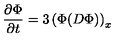
{ \frac { \partial \Phi } { \partial t } } = 3 \left( \Phi ( D \Phi ) \right) _ { x }